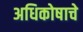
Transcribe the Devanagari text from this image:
अधिकोषाचे